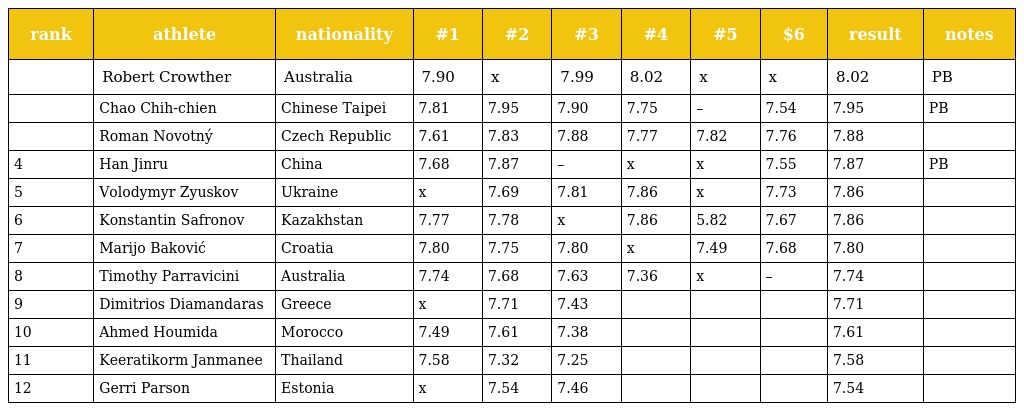
| rank | athlete | nationality | #1 | #2 | #3 | #4 | #5 | $6 | result | notes |
 | --- | --- | --- | --- | --- | --- | --- | --- | --- | --- | --- |
 |  | Robert Crowther | Australia | 7.90 | x | 7.99 | 8.02 | x | x | 8.02 | PB |
 |  | Chao Chih-chien | Chinese Taipei | 7.81 | 7.95 | 7.90 | 7.75 | – | 7.54 | 7.95 | PB |
 |  | Roman Novotný | Czech Republic | 7.61 | 7.83 | 7.88 | 7.77 | 7.82 | 7.76 | 7.88 |  |
 | 4 | Han Jinru | China | 7.68 | 7.87 | – | x | x | 7.55 | 7.87 | PB |
 | 5 | Volodymyr Zyuskov | Ukraine | x | 7.69 | 7.81 | 7.86 | x | 7.73 | 7.86 |  |
 | 6 | Konstantin Safronov | Kazakhstan | 7.77 | 7.78 | x | 7.86 | 5.82 | 7.67 | 7.86 |  |
 | 7 | Marijo Baković | Croatia | 7.80 | 7.75 | 7.80 | x | 7.49 | 7.68 | 7.80 |  |
 | 8 | Timothy Parravicini | Australia | 7.74 | 7.68 | 7.63 | 7.36 | x | – | 7.74 |  |
 | 9 | Dimitrios Diamandaras | Greece | x | 7.71 | 7.43 |  |  |  | 7.71 |  |
 | 10 | Ahmed Houmida | Morocco | 7.49 | 7.61 | 7.38 |  |  |  | 7.61 |  |
 | 11 | Keeratikorm Janmanee | Thailand | 7.58 | 7.32 | 7.25 |  |  |  | 7.58 |  |
 | 12 | Gerri Parson | Estonia | x | 7.54 | 7.46 |  |  |  | 7.54 |  |